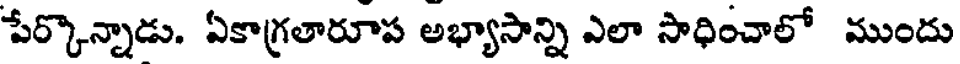
పేర్కొన్నాడు. ఏకాగ్రతారూప అభ్యాసాన్ని ఎలా సాధించాలో ముందు